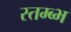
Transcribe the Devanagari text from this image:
स्तम्ब्भ